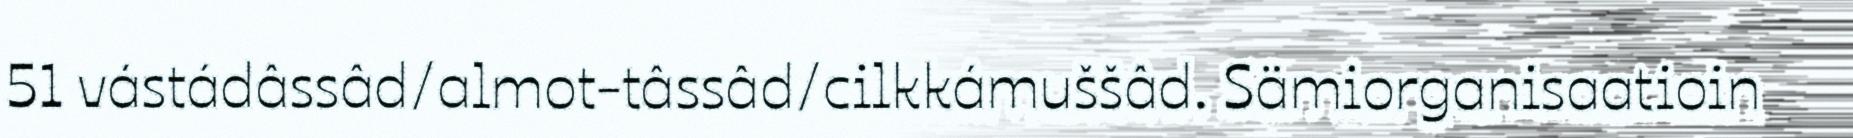
51 vástádâssâd/almot-tâssâd/cilkkámuššâd. Sämiorganisaatioin